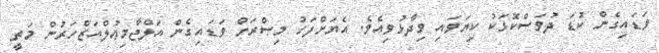
ވަޑައިގެން ކުޑަ ދުވަސްކޮޅަކު ކިޔަވައި ވިދާޅުވިއެވެ. އެޔަށްފަހު މިޞްރަށް ވަޑައިގެން އަލްޖާމިޢުލްއަޒްހަރުން މަތީ